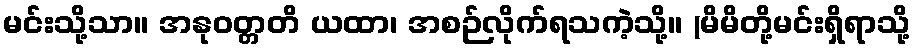
မင်းသို့သာ။ အနုဝတ္တတိ ယထာ၊ အစဉ်လိုက်ရသကဲ့သို့။ (မိမိတို့မင်းရှိရာသို့